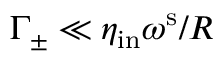
\Gamma _ { \pm } \ll \eta _ { \mathrm { i n } } \omega ^ { \mathrm { s } } / R